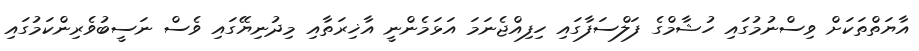
އާޔަތްތަކަށް ވިސްނުމުގައި ހުޝާމްގެ ފަލްސަފާގައި ހިފިއްޖެނަމަ އަޅަމެންނީ އާޚިރަތާއި މިދުނިޔޭގައި ވެސް ނަސީބުވެރިންކަމުގައި